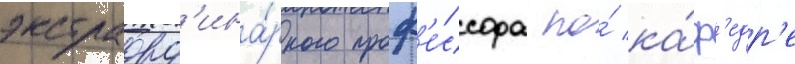
экстраорд'ина́рного проф'е́ссора по́ ка́ф'едр'е